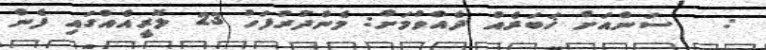
:   ސަންއަށް ޚަބަރެއް ދެއްވުމަށް: މެންދުރުފަހު 23 ލޮރީއެއްގައި ފެން